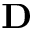
\mathbf { D }